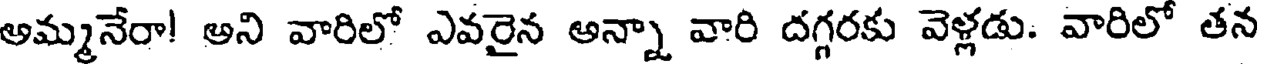
అమ్మనేరా! అని వారిలో ఎవరైన అన్నా వారి దగ్గరకు వెళ్లడు. వారిలో తన